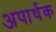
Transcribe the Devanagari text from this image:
अपार्थक